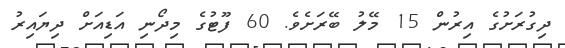
ދިގުރަށުގެ އިރުން 15 މޭލު ބޭރަށެވެ. 60 ފޫޓުގެ މިދޯނި އަޑިއަށް ދިޔައިރު